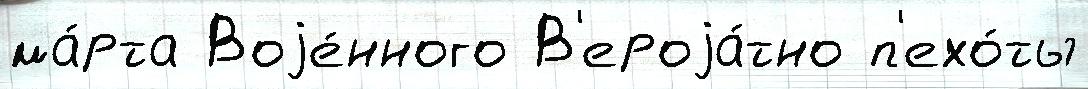
ма́рта Воjе́нного В'ероjа́тно п'ехо́ты